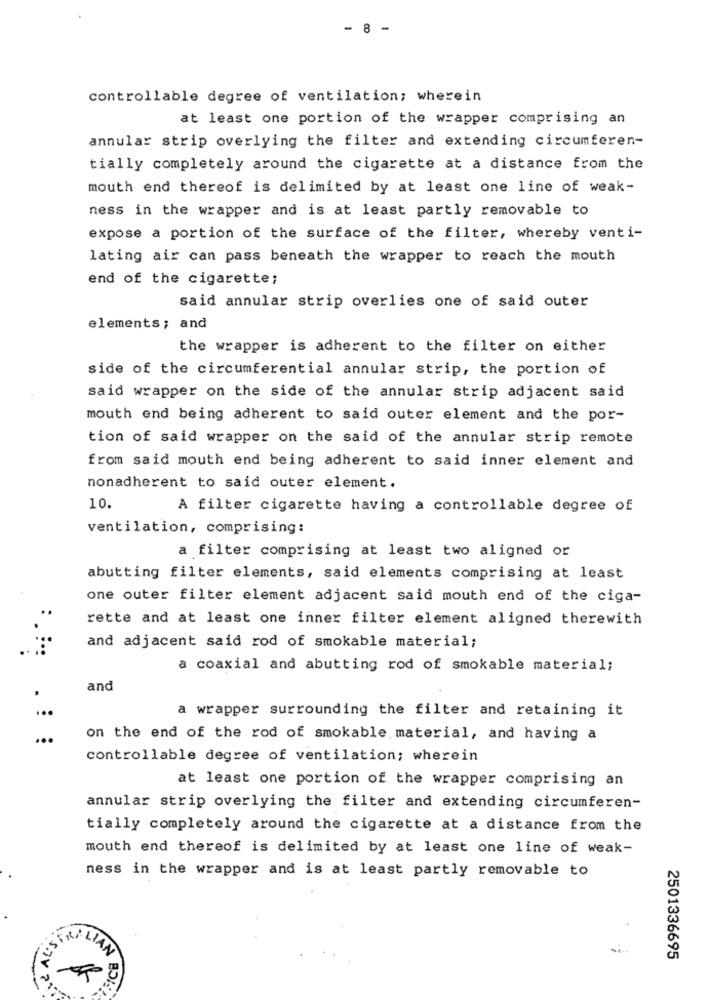
- 8 -
controllable degree of ventilation; wherein
at least one portion of the wrapper comprising an
annular strip overlying the filter and extending circumferen-
tially completely around the cigarette at a distance from the
mouth end thereof is delimited by at least one line of weak-
ness in the wrapper and is at least partly removable to
expose a portion of the surface of the filter, whereby venti-
lating air can pass beneath the wrapper to reach the mouth
end of the cigarette;
said annular strip overlies one of said outer
elements ; and
the wrapper is adherent to the filter on either
side of the circumferential annular strip, the portion of
said wrapper on the side of the annular strip adjacent said
mouth end being adherent to said outer element and the por-
tion of said wrapper on the said of the annular strip remote
from said mouth end being adherent to said inner element and
nonadherent to said outer element.
10.
A filter cigarette having a controllable degree of
ventilation, comprising:
a filter comprising at least two aligned or
abutting filter elements, said elements comprising at least
one outer filter element adjacent said mouth end of the ciga-
rette and at least one inner filter element aligned therewith
and adjacent said rod of smokable material;
a coaxial and abutting rod of smokable material;
and
a wrapper surrounding the filter and retaining it
...
on the end of the rod of smokable. material, and having a
controllable degree of ventilation; wherein
at least one portion of the wrapper comprising an
annular strip overlying the filter and extending circumferen-
tially completely around the cigarette at a distance from the
mouth end thereof is delimited by at least one line of weak-
ness in the wrapper and is at least partly removable to
STRALIAN
2501336695